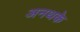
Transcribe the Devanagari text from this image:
अनथके